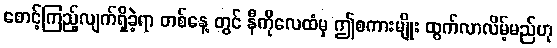
စောင့်ကြည့်လျက်ရှိခဲ့ရာ တစ်နေ့ တွင် နီကိုလေထံမှ ဤစကားမျိုး ထွက်လာလိမ့်မည်ဟု